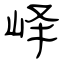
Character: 峄